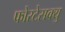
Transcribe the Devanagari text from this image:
फोरटेसक्यु